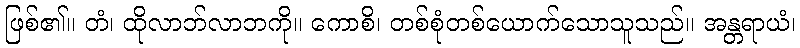
ဖြစ်၏။ တံ၊ ထိုလာဘ်လာဘကို။ ကောစိ၊ တစ်စုံတစ်ယောက်သောသူသည်။ အန္တရာယံ၊